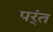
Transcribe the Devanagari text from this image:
पर्ंत